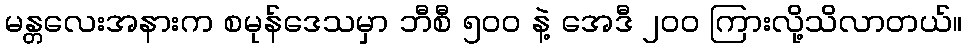
မန္တလေးအနားက စမုန်ဒေသမှာ ဘီစီ ၅ဝဝ နဲ့ အေဒီ ၂ဝဝ ကြားလို့သိလာတယ်။